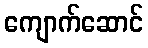
ကျောက်ဆောင်